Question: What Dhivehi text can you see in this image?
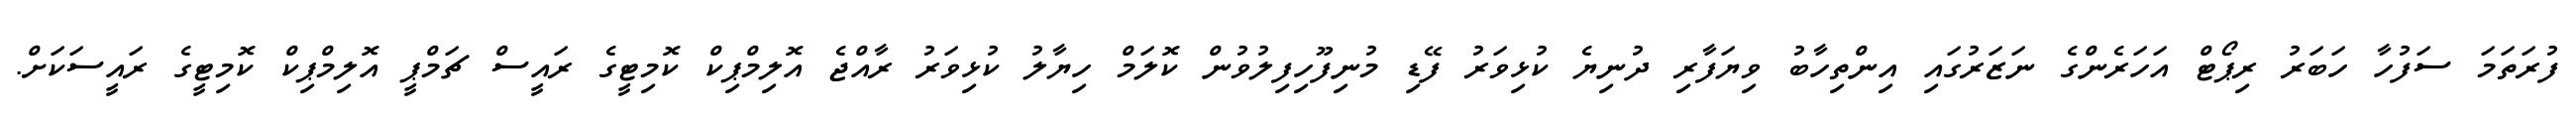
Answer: ފުރަތަމަ ސަފުހާ ހަބަރު ރިޕޯޓް އަހަރެންގެ ނަޒަރުގައި އިންތިހާބު ވިޔަފާރި ދުނިޔެ ކުޅިވަރު ފޭޑި މުނިފޫހިފިލުވުން ކޮލަމް ހިޔާލު ކުޅިވަރު ރާއްޖެ އޮލިމްޕިކް ކޮމިޓީގެ ރައީސް ޗަމްޕީ އޮލިމްޕިކް ކޮމިޓީގެ ރައީސަކަށް.